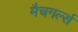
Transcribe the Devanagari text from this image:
मैचगर्ल्स